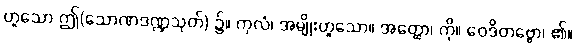
ဟူသော ဤ(သောဏဒဏ္ဍသုတ်) ၌။ ကုလံ၊ အမျိုးဟူသော။ အတ္ထော၊ ကို။ ဝေဒိတဗ္ဗော၊ ၏။